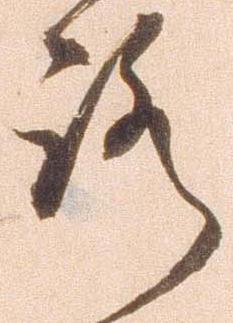
路